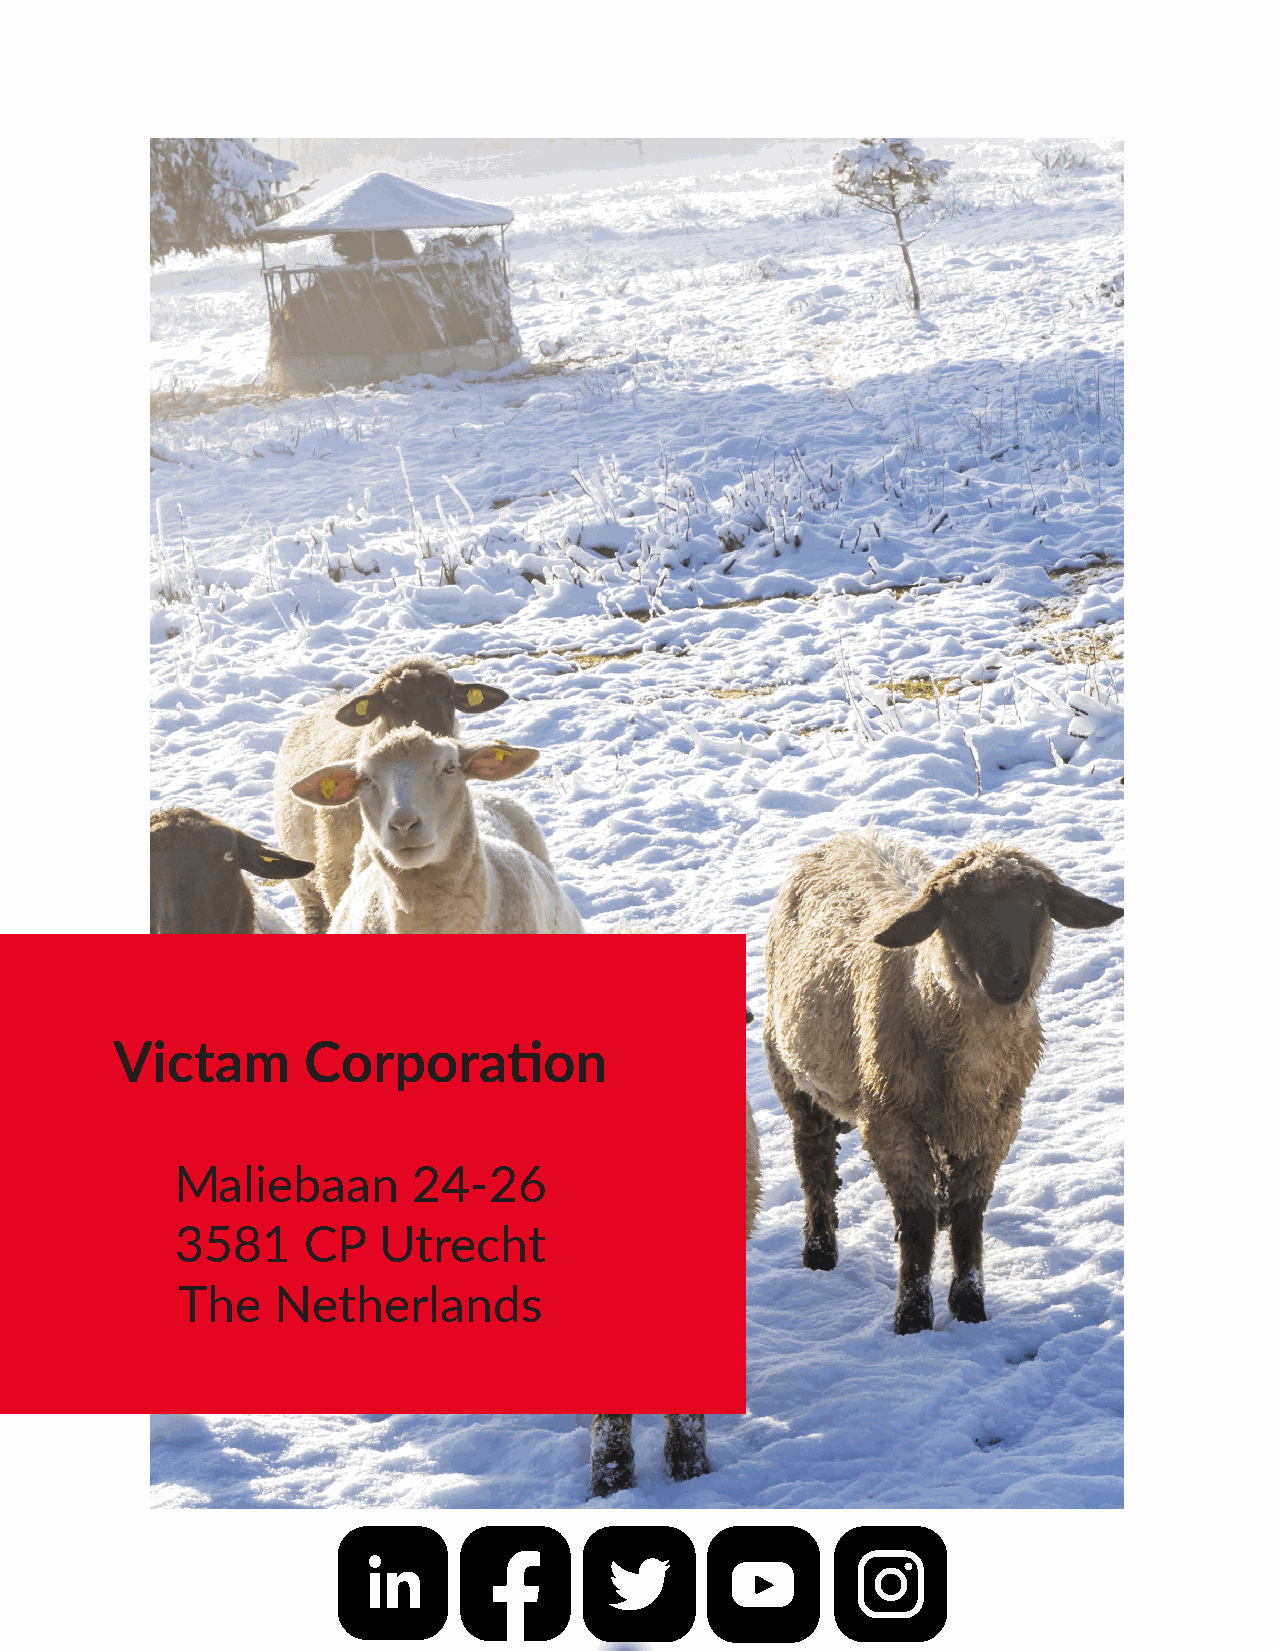
Victam      Corporation
 Maliebaan       24-26
 3581    CP   Utrecht
 The   Netherlands